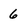
Character: 6